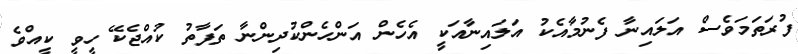
ފުރަތަމަވެސް އަލައިނާ ފެނުމާއެކު އަލައިނާއަކީ އެހެން އަންހެންކުދިންނާ ތަފާތު ކުއްޖެކޭ ހީވީ ކީއްވެ